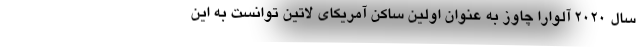
سال ۲۰۲۰ آلوارا چاوز به عنوان اولین ساکن آمریکای لاتین توانست به این